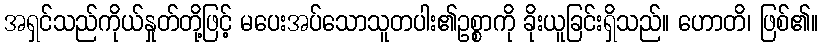
အရှင်သည်ကိုယ်နှုတ်တို့ဖြင့် မပေးအပ်သောသူတပါး၏ဥစ္စာကို ခိုးယူခြင်းရှိသည်။ ဟောတိ၊ ဖြစ်၏။